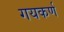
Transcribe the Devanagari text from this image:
गयकर्ण